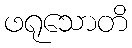
ဖရုသောတိ